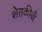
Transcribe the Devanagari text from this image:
शेतकीची